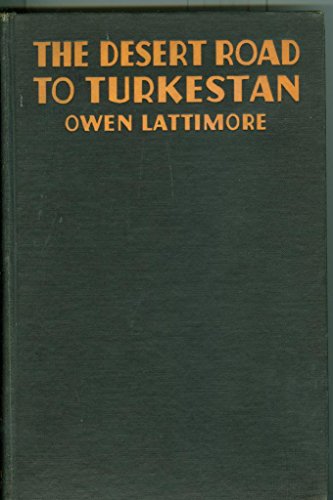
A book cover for The desert road to Turkestan,; Owen Lattimore; Travel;